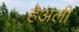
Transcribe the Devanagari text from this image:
हेअली